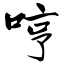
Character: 哼